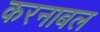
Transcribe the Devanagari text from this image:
करनाबल